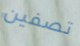
تصفين